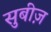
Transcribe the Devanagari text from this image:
सुबीज़